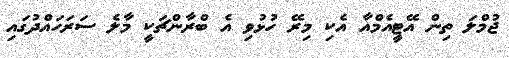
ޖުމްލަ ތިން އޭޓީއެމްއާ އެކި މިރޭ ހުޅުވި އެ ބްރާންޗަކީ މާލެ ސަރަހައްދުގައި